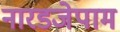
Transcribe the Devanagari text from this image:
नारडजेपाम